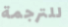
للترجمة